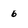
Character: 6